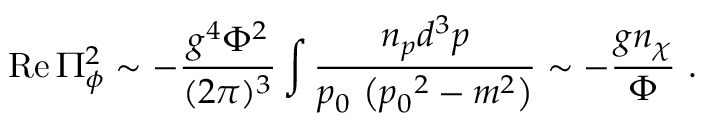
\mathrm { R e } \, \Pi _ { \phi } ^ { 2 } \sim - { \frac { g ^ { 4 } \Phi ^ { 2 } } { ( 2 \pi ) ^ { 3 } } } \int { \frac { n _ { p } d ^ { 3 } p } { p _ { 0 } ~ \bigl ( { p _ { 0 } } ^ { 2 } - m ^ { 2 } \bigr ) } } \sim - { \frac { g n _ { \chi } } { \Phi } } \ .